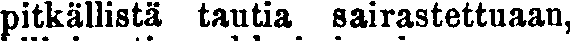
pitkällistä tautia sairastettuaan,